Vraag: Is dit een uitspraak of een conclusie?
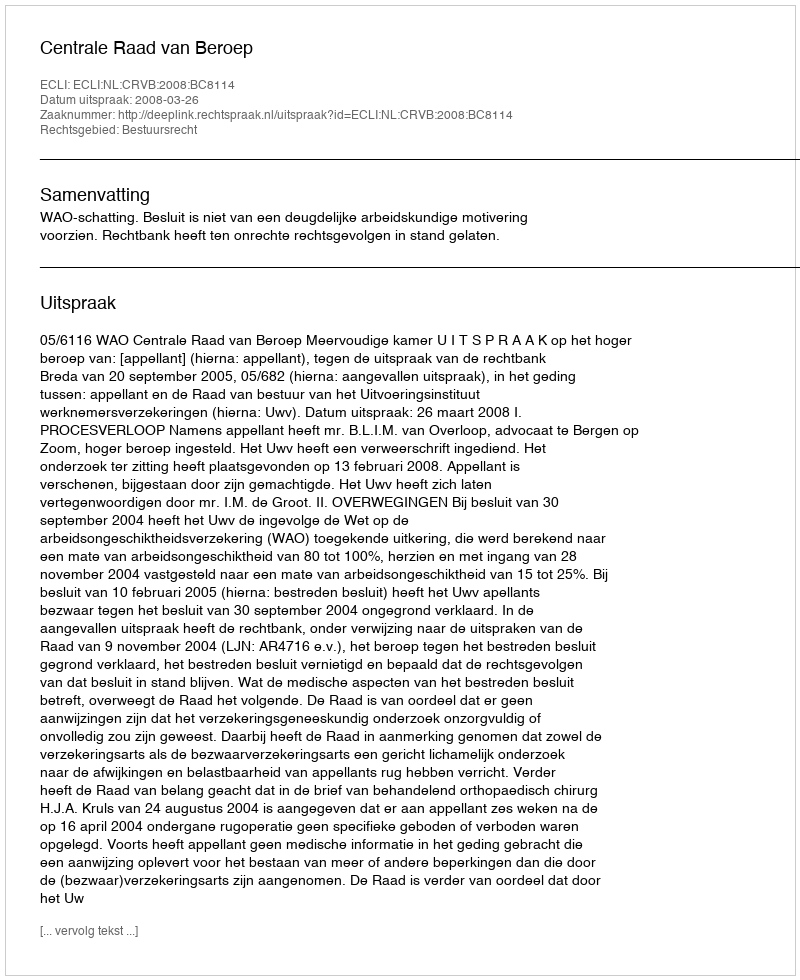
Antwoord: Uitspraak